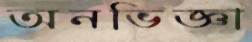
অনভিজ্ঞা